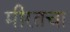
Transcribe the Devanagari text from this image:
मीरतचा